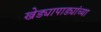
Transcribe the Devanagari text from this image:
खेड्यापाड्यांच्या